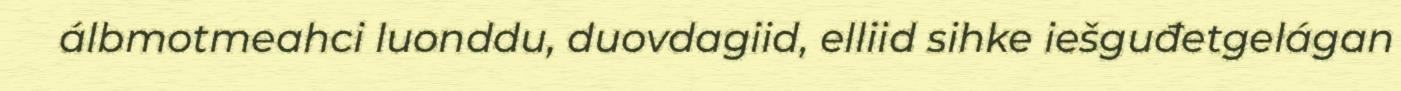
álbmotmeahci luonddu, duovdagiid, elliid sihke iešguđetgelágan